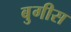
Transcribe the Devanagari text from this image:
बुगीस